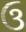
ઉ